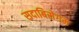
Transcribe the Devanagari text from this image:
सदाबिसेगम